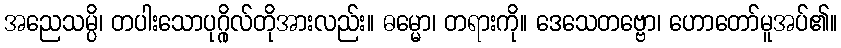
အညေသမ္ပိ၊ တပါးသောပုဂ္ဂိုလ်တိုအားလည်း။ ဓမ္မော၊ တရားကို။ ဒေသေတဗ္ဗော၊ ဟောတော်မူအပ်၏။